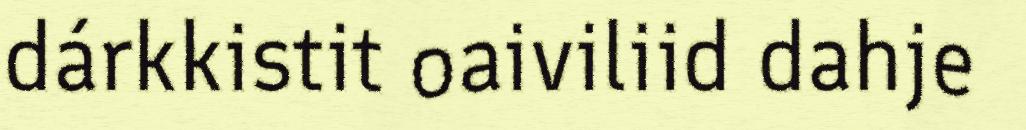
dárkkistit oaiviliid dahje